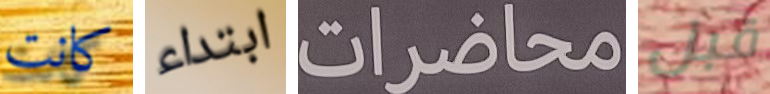
كانت ابتداء محاضرات قبل